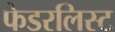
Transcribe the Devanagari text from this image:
फेडरलिस्ट